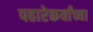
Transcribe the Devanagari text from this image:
पहारेकर्यांच्या